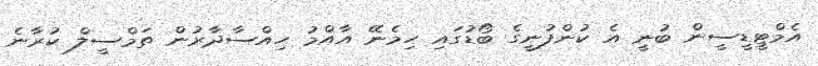
އެމްޓީޑީސީން ބުނީ އެ ކުންފުނީގެ ބޯޑުގައި ހިމެނޭ އާއްމު ހިއްސާދާރުން ތަމްސީލް ކުރާނެ